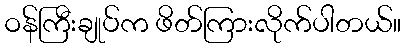
ဝန်ကြီးချုပ်က ဖိတ်ကြားလိုက်ပါတယ်။